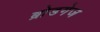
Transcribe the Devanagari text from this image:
ब्रोडगेज